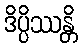
ဒိပ္ပိဿန္တိ